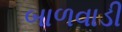
બાળવાડી